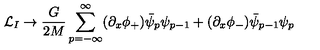
{ \cal L } _ { I } \rightarrow \frac { G } { 2 M } \sum _ { p = - \infty } ^ { \infty } ( \partial _ { x } \phi _ { + } ) \bar { \psi } _ { p } \psi _ { p - 1 } + ( \partial _ { x } \phi _ { - } ) \bar { \psi } _ { p - 1 } \psi _ { p }